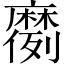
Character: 𫜗